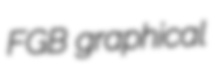
FGB graphical